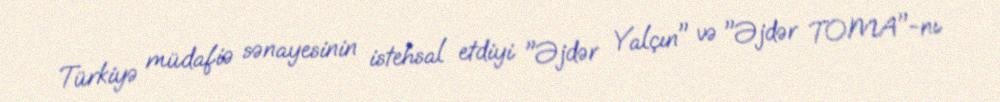
Türkiyə müdafiə sənayesinin istehsal etdiyi "Əjdər Yalçın" və "Əjdər TOMA"-nı